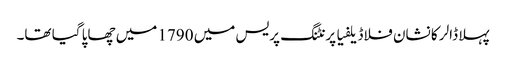
پہلا ڈالر کا نشان فلاڈیلفیا پرنٹنگ پریس میں 1790 میں چھاپا گیا تھا۔